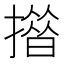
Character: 𢵄